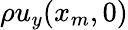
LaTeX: \rho u_{y}(x_{m},0)